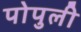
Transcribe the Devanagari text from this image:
पोपुली